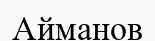
Айманов